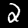
Digit: 2